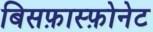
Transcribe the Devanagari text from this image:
बिसफ़ास्फ़ोनेट